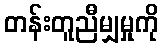
တန်းတူညီမျှမှုကို